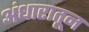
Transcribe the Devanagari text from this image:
अंधारातून